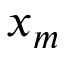
x _ { m }